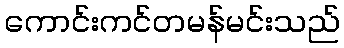
ကောင်းကင်တမန်မင်းသည်